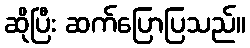
ဆိုပြီး ဆက်ပြောပြသည်။